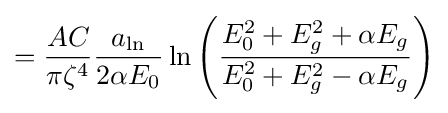
={\frac {AC}{\pi \zeta ^{4}}}{\frac {a_{\mathrm {ln} }}{2\alpha E_{0}}}\ln {\left({\frac {E_{0}^{2}+E_{g}^{2}+\alpha E_{g}}{E_{0}^{2}+E_{g}^{2}-\alpha E_{g}}}\right)}\,\!